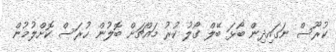
ކުރޫސް ނަގައިދިން ބޯޅަ ބޭލް ގޯލު ކުރު މައްޗަށް ބޮލުން ހުރަސް ކޮށްލުމުން